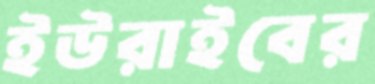
ইউরাইবের